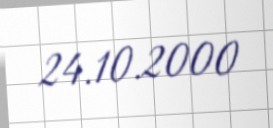
24.10.2000